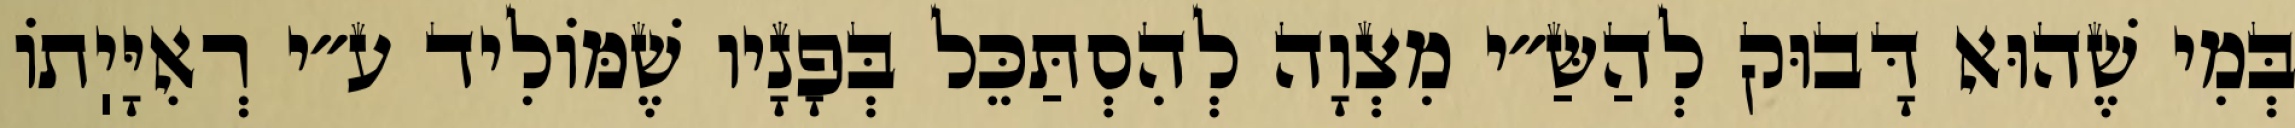
בְּמִי שֶׁהוּא דָּבוּק לְהַשַּ״י מִצְוָה לְהִסְתַּכֵּל בְּפָנָיו שֶׁמּוֹלִיד ע״י רְאִיָּיֽתוֹ